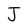
Character: J